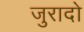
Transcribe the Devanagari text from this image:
जुरादो